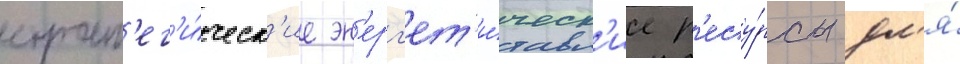
страт'ег'и́ческ'ие эн'ерг'ет'и́ческ'ие р'есу́рсы дл'я́